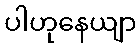
ပါဟုနေယျာ